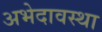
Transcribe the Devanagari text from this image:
अभेदावस्था